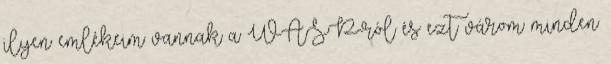
ilyen emlékeim vannak a WASP-ról és ezt várom minden